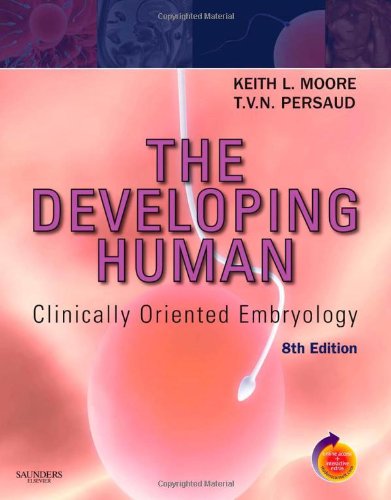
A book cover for The Developing Human: Clinically Oriented Embryology, 8th Edition; Keith L. Moore; Medical Books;